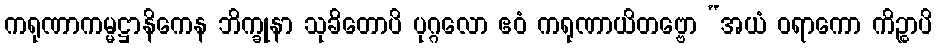
ကရုဏာကမ္မဋ္ဌာနိကေန ဘိက္ခုနာ သုခိတောပိ ပုဂ္ဂလော ဧဝံ ကရုဏာယိတဗ္ဗော “အယံ ဝရာကော ကိဉ္စာပိ